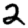
Digit: 2